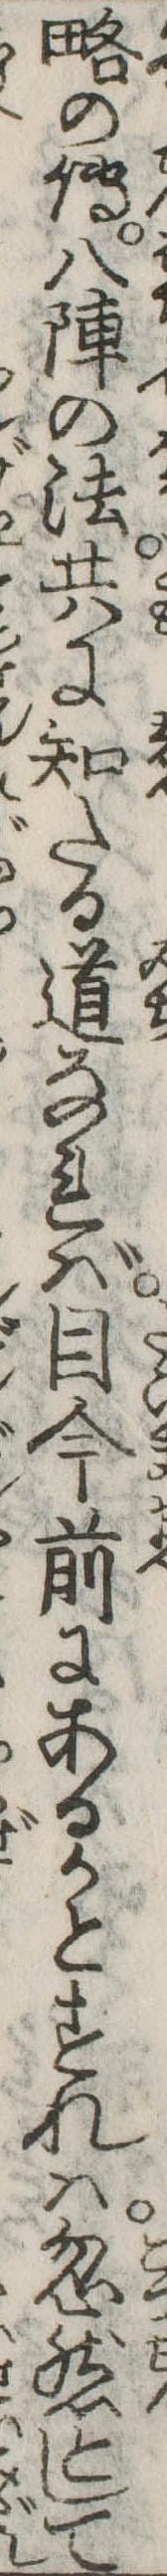
略の伝八陣の法共に知たる道なれば目今前にあるかとすれは忽然として